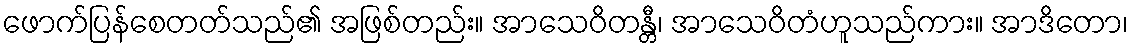
ဖောက်ပြန်စေတတ်သည်၏ အဖြစ်တည်း။ အာသေဝိတန္တီ၊ အာသေဝိတံဟူသည်ကား။ အာဒိတော၊